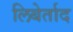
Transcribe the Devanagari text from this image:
लिबेर्ताद